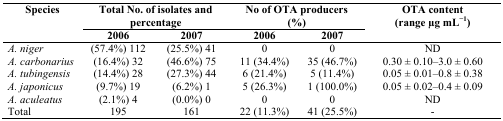
| <ROWSPAN=2> Species | <COLSPAN=2> Total No. of isolates and percentage | <COLSPAN=2> No of OTA producers (%) | <ROWSPAN=2> OTA content (range μg mL−1) |
 | 2006 | 2007 | 2006 | 2007 |
 | --- | --- | --- | --- | --- | --- |
 | A. niger | (57.4%) 112 | (25.5%) 41 | 0 | 0 | ND |
 | A. carbonarius | (16.4%) 32 | (46.6%) 75 | 11 (34.4%) | 35 (46.7%) | 0.30 ± 0.10–3.0 ± 0.60 |
 | A. tubingensis | (14.4%) 28 | (27.3%) 44 | 6 (21.4%) | 5 (11.4%) | 0.05 ± 0.01–0.8 ± 0.38 |
 | A. japonicus | (9.7%) 19 | (6.2%) 1 | 5 (26.3%) | 1 (100.0%) | 0.05 ± 0.02–0.4 ± 0.09 |
 | A. aculeatus | (2.1%) 4 | (0.0%) 0 | 0 | 0 | ND |
 | Total | 195 | 161 | 22 (11.3%) | 41 (25.5%) | - |